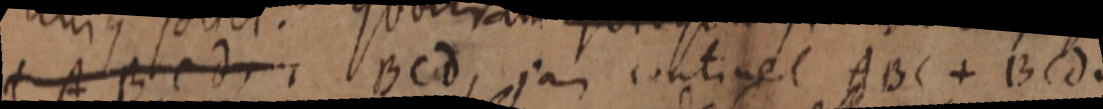
ABCd BCd, jan continet ABC + BCd.